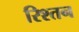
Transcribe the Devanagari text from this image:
रिश्तन